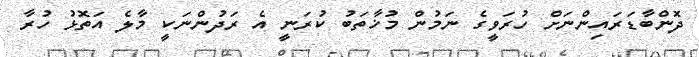
ދޮންބާޑަރައިންނަށް ހުރަވީގެ ނަމުން މުޚާތަބު ކުރަނީ އެ ރަދުންނަކީ މާލެ އަތޮޅު ހުރާ